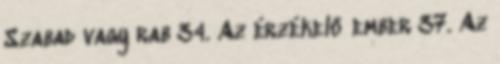
Szabad vagy rab 34. Az érzékelő ember 37. Az